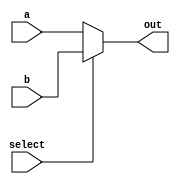
//////////////////////////////////////////////////////////////////////////////////
//										
// 32-bit Mux							
// 										
//////////////////////////////////////////////////////////////////////////////////

module FullMux(
	input [31:0] a, b,
	input select,
	output [31:0] out
	);

	assign out = (select == 0) ?  a : b;

endmodule